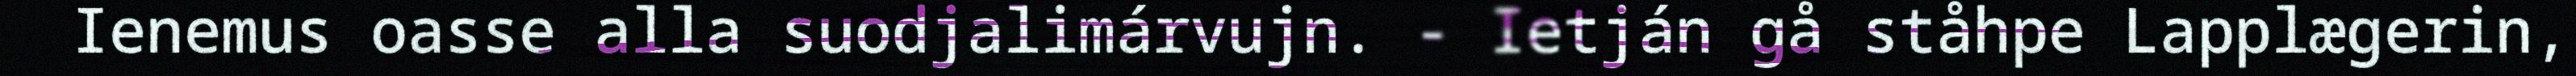
Ienemus oasse alla suodjalimárvujn. - Ietján gå ståhpe Lapplægerin,